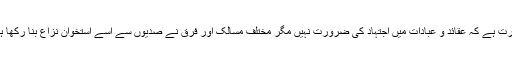
حیرت ہے کہ عقائد و عبادات میں اجتہاد کی ضرورت نہیں مگر مختلف مسالک اور فرق نے صدیوں سے اسے استخوان نزاع بنا رکھا ہے۔